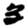
Digit: 3